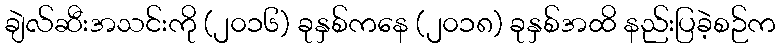
ချဲလ်ဆီးအသင်းကို (၂၀၁၆) ခုနှစ်ကနေ (၂၀၁၈) ခုနှစ်အထိ နည်းပြခဲ့စဉ်က